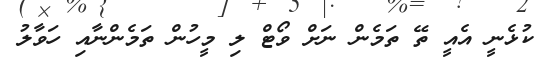
ކުޅެނީ އެއީ ތޭ ތަމެން ނަށް ވޯޓް ލި މީހުން ތަމެންނާއި ހަވާލު